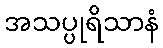
အသပ္ပုရိသာနံ